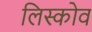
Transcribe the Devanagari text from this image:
लिस्कोव